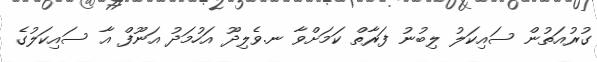
ގުރުއަތުން ސައިކަލު ލިބުނު ފަރާތް ކަމަށްވާ ނ.ވެލިދޫ އަހުމަދު އަނޫފް އާ ސައިކަލުގެ